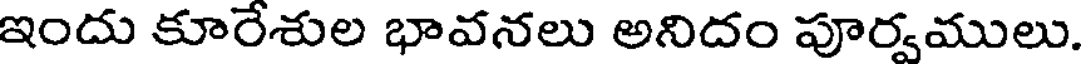
ఇందు కూరేశుల భావనలు అనిదం పూర్వములు